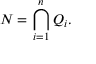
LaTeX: N = \bigcap _ { i = 1 } ^ { n } Q _ { i } .